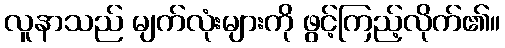
လူနာသည် မျက်လုံးများကို ဖွင့်ကြည့်လိုက်၏။